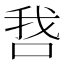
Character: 𫪋